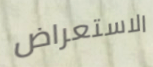
الاستعراض